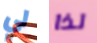
لي لذا